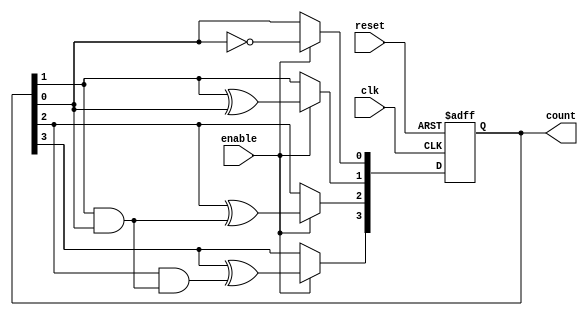
module cascaded_counter (
    input wire clk,        // Clock signal
    input wire reset,      // Asynchronous reset
    input wire enable,     // Enable signal
    output reg [3:0] count // 4-bit output count
);

// Sequential logic for the cascaded counter
always @(posedge clk or posedge reset) begin
    if (reset) begin
        count <= 4'b0000; // Reset the counter to 0
    end else if (enable) begin
        // Count logic: ripple through flip-flops
        // LSB toggles on every clock cycle when enabled
        count[0] <= ~count[0];

        // Toggle the next flip-flop if LSB transitions from 1 to 0
        count[1] <= count[1] ^ count[0]; // Toggle if count[0] is 1
        count[2] <= count[2] ^ (count[1] & count[0]); // Toggle if count[1] is 1 and count[0] is 1
        count[3] <= count[3] ^ (count[2] & (count[1] & count[0])); // Toggle if count[2] is 1 and count[1] and count[0] are both 1
    end
end

endmodule